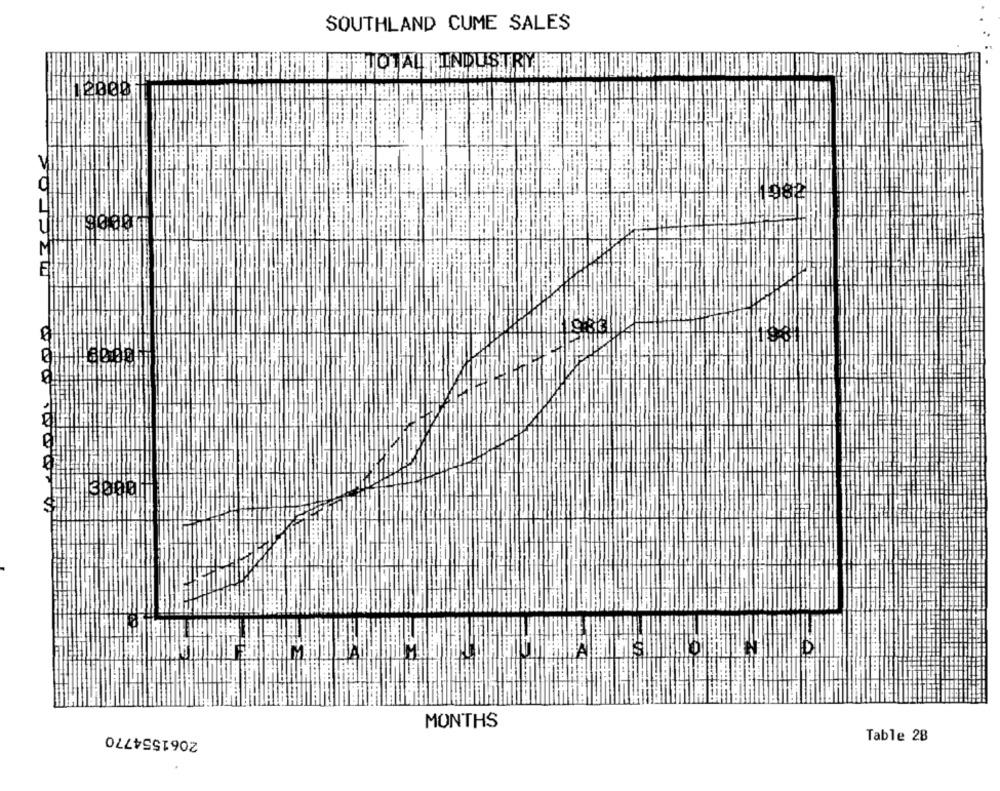
SOUTHLAND CUME SALES
JETO ALLINDUSTRY
2061554770
MONTHS
Table 28